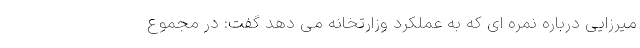
میرزایی درباره نمره ای که به عملکرد وزارتخانه می دهد گفت: در مجموع